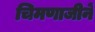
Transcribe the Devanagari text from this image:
चिमणाजीनें